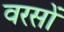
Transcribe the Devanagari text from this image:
वरसों